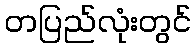
တပြည်လုံးတွင်